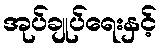
အုပ်ချုပ်ရေးနှင့်